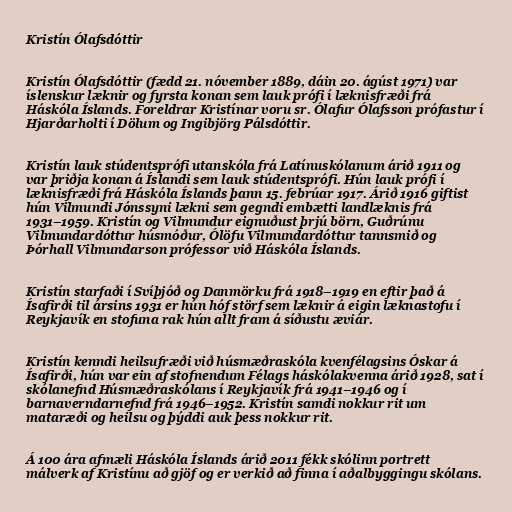
Kristín Ólafsdóttir

Kristín Ólafsdóttir (fædd 21. nóvember 1889, dáin 20. ágúst 1971) var
íslenskur læknir og fyrsta konan sem lauk prófi í læknisfræði frá
Háskóla Íslands. Foreldrar Kristínar voru sr. Ólafur Ólafsson prófastur í
Hjarðarholti í Dölum og Ingibjörg Pálsdóttir.

Kristín lauk stúdentsprófi utanskóla frá Latínuskólanum árið 1911 og
var þriðja konan á Íslandi sem lauk stúdentsprófi. Hún lauk prófi í
læknisfræði frá Háskóla Íslands þann 15. febrúar 1917. Árið 1916 giftist
hún Vilmundi Jónssyni lækni sem gegndi embætti landlæknis frá
1931–1959. Kristín og Vilmundur eignuðust þrjú börn, Guðrúnu
Vilmundardóttur húsmóður, Ólöfu Vilmundardóttur tannsmið og
Þórhall Vilmundarson prófessor við Háskóla Íslands.

Kristín starfaði í Svíþjóð og Danmörku frá 1918–1919 en eftir það á
Ísafirði til ársins 1931 er hún hóf störf sem læknir á eigin læknastofu í
Reykjavík en stofuna rak hún allt fram á síðustu æviár.

Kristín kenndi heilsufræði við húsmæðraskóla kvenfélagsins Óskar á
Ísafirði, hún var ein af stofnendum Félags háskólakvenna árið 1928, sat í
skólanefnd Húsmæðraskólans í Reykjavík frá 1941–1946 og í
barnaverndarnefnd frá 1946–1952. Kristín samdi nokkur rit um
mataræði og heilsu og þýddi auk þess nokkur rit.

Á 100 ára afmæli Háskóla Íslands árið 2011 fékk skólinn portrett
málverk af Kristínu að gjöf og er verkið að finna í aðalbyggingu skólans.